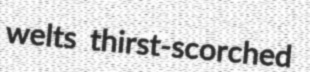
welts thirst-scorched